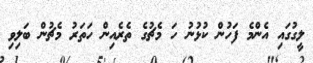
ލީގުގައި އެންމެ ފަހުން ކުޅުނު ހަ މެޗުގެ ތެރެއިން ހަތަރު މެޗުން ބަލިވި